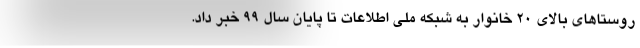
روستاهای بالای ۲۰ خانوار به شبکه ملی اطلاعات تا پایان سال ۹۹ خبر داد.